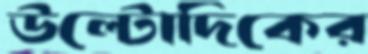
উল্টোদিকের